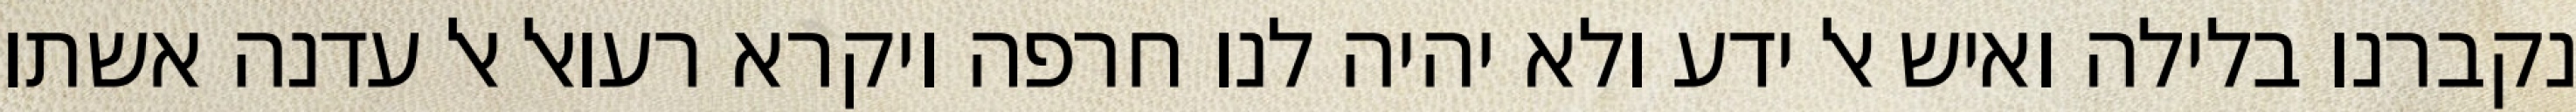
נקברנו בלילה ואיש אל ידע ולא יהיה לנו חרפה ויקרא רעואל אל עדנה אשתו